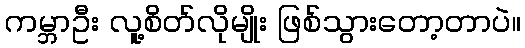
ကမ္ဘာဦး လူ့စိတ်လိုမျိုး ဖြစ်သွားတော့တာပဲ။